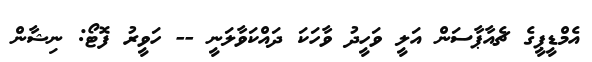
އެމްޑީޕީގެ ޗެއާޕާސަން އަލީ ވަހީދު ވާހަކަ ދައްކަވާލަނީ -- ހަވީރު ފޮޓޯ: ނިޝާން